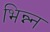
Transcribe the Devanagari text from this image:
भिन्न्न